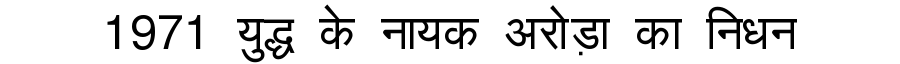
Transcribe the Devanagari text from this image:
1971 युद्ध के नायक अरोड़ा का निधन